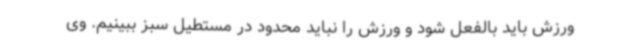
ورزش باید بالفعل شود و ورزش را نباید محدود در مستطیل سبز ببینیم. وی